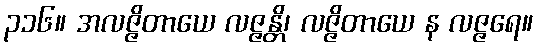
၃၁၆။ အလဇ္ဇိတာယေ လဇ္ဇန္တိ၊ လဇ္ဇိတာယေ န လဇ္ဇရေ။